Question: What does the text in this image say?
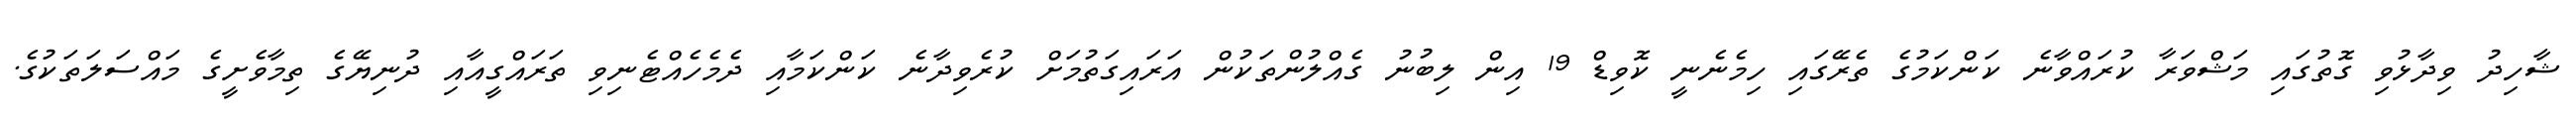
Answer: ޝާހިދު ވިދާޅުވި ގޮތުގައި މަޝްވަރާ ކުރައްވާނެ ކަންކަމުގެ ތެރޭގައި ހިމެނެނީ ކޮވިޑް 19 އިން ލިބުނު ގެއްލުންތަކުން އަރައިގަތުމަށް ކުރެވިދާނެ ކަންކަމާއި ދެމެހެއްޓެނިވި ތަރައްގީއާއި ދުނިޔޭގެ ތިމާވެށީގެ މައްސަލަތަކުގެ.